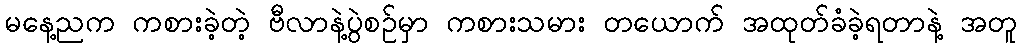
မနေ့ညက ကစားခဲ့တဲ့ ဗီလာနဲ့ပွဲစဉ်မှာ ကစားသမား တယောက် အထုတ်ခံခဲ့ရတာနဲ့ အတူ